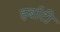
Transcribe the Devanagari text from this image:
हर्बाटी